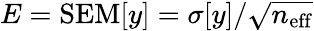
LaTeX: E=\mathrm{SEM}[y]=\sigma[y]/\sqrt{n_{\mathrm{eff}}}